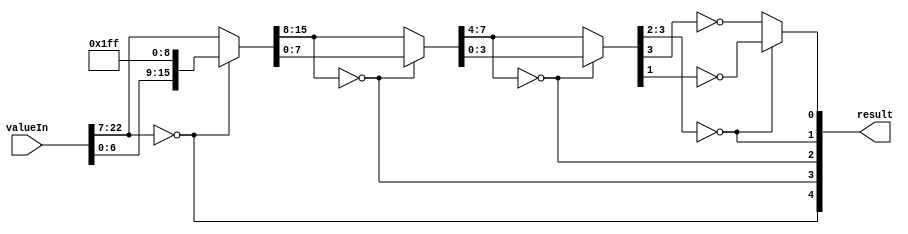
module count_leading_zeros(
    input [22:0] valueIn,
    output reg [4:0] result
);
    wire [31:0] value;
    assign value[31:9] = valueIn;
    assign value[8:0] = 9'b111111111;
    reg [15:0] val16;
    reg [7:0] val8;
    reg [3:0] val4;

    always @(*)
    begin
        result = 0;
        result[4] = (value[31:16] == 16'b0);
        val16     = result[4] ? value[15:0] : value[31:16];
        result[3] = (val16[15:8] == 8'b0);
        val8      = result[3] ? val16[7:0] : val16[15:8];
        result[2] = (val8[7:4] == 4'b0);
        val4      = result[2] ? val8[3:0] : val8[7:4];
        result[1] = (val4[3:2] == 2'b0);
        result[0] = result[1] ? ~val4[1] : ~val4[3];

    end

endmodule 


// a module to count number of leading zeros